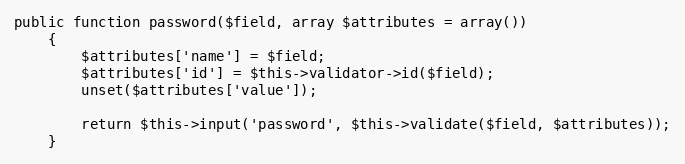
Language: PHP
public function password($field, array $attributes = array())
    {
        $attributes['name'] = $field;
        $attributes['id'] = $this->validator->id($field);
        unset($attributes['value']);

        return $this->input('password', $this->validate($field, $attributes));
    }